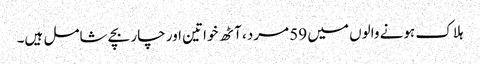
ہلاک ہونے والوں میں 59 مرد، آٹھ خواتین اور چار بچے شامل ہیں۔